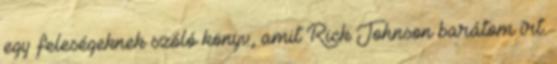
egy feleségeknek szóló könyv, amit Rick Johnson barátom írt.